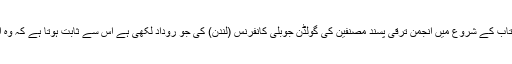
بہرحال انہوں نے اس کتاب کے شروع میں انجمن ترقی پسند مصنفین کی گولڈن جوبلی کانفرنس (لندن) کی جو روداد لکھی ہے اس سے ثابت ہوتا ہے کہ وہ ایک اچھے رپورٹر ہیں۔